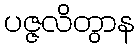
ပဇ္ဇလိတွာန